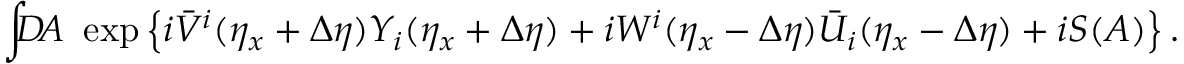
\int \! \! \! D \! A \ \exp \left\{ i \bar { V } ^ { i } ( \eta _ { x } + \Delta \eta ) Y _ { i } ( \eta _ { x } + \Delta \eta ) + i W ^ { i } ( \eta _ { x } - \Delta \eta ) \bar { U } _ { i } ( \eta _ { x } - \Delta \eta ) + i S ( A ) \right\} .